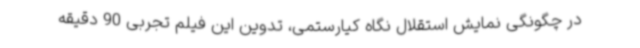
در چگونگی نمایش استقلال نگاه کیارستمی، تدوین این فیلم تجربی 90 دقیقه